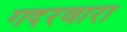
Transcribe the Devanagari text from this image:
गदरवारा